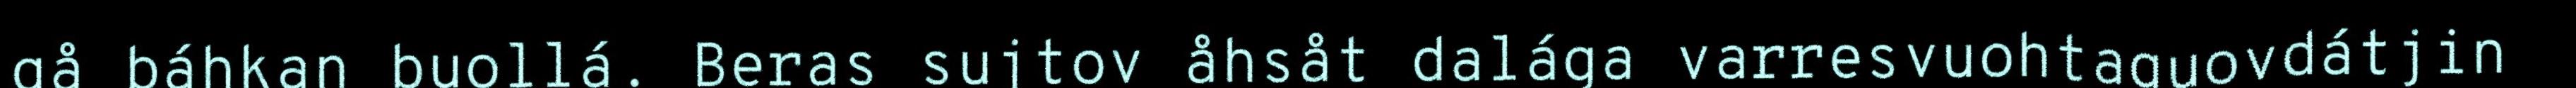
gå báhkan buollá. Beras sujtov åhsåt dalága varresvuohtaguovdátjin